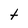
Character: t